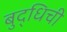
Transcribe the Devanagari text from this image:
बुद्धिची